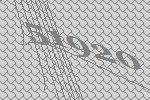
51920